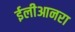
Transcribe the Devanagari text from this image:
ईलीआनरा